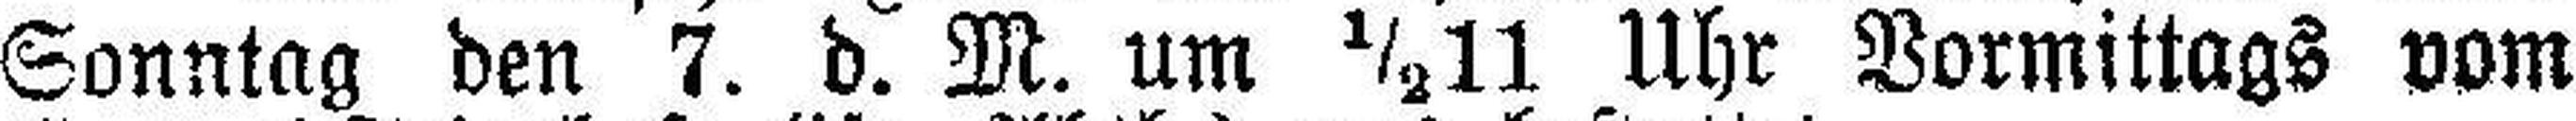
Sonntag den 7. d. M. um ½11 Uhr Vormittags vom